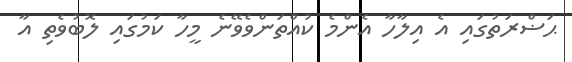
ޙަޟްރަތުގައި އެ އިލާހާ އެންމެ ކުއްތަންވެވޭނެ މީހާ ކަމުގައި ލޮބުވެތި އާ